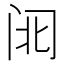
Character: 𮤱